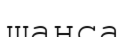
шанса